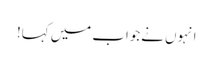
انہوں نےجواب میں کہا!